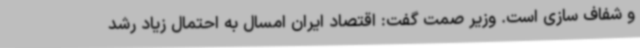
و شفاف سازی است. وزیر صمت گفت: اقتصاد ایران امسال به احتمال زیاد رشد